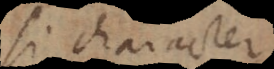
si character